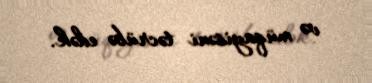
və müqayisəni təcrübə edək.